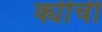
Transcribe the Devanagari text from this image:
क्यीची